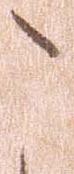
こ